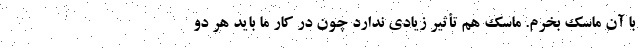
با آن ماسک بخرم. ماسک هم تأثیر زیادی ندارد چون در کار ما باید هر دو